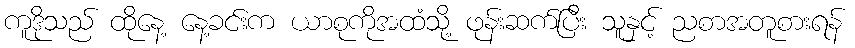
ကူဒိုသည် ထိုနေ့ နေ့ခင်းက ယာစုကိုအထံသို့ ဖုန်းဆက်ပြီး သူနှင့် ညစာအတူစားရန်